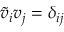
\tilde { v } _ { i } v _ { j } = \delta _ { i j }